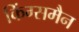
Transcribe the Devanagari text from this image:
किंग्समैन